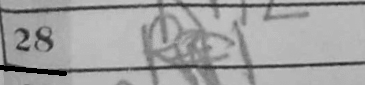
Transcription: Rf1